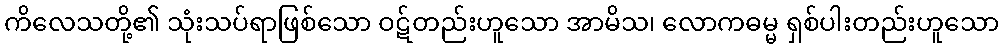
ကိလေသတို့၏ သုံးသပ်ရာဖြစ်သော ဝဋ်တည်းဟူသော အာမိသ၊ လောကဓမ္မ ရှစ်ပါးတည်းဟူသော